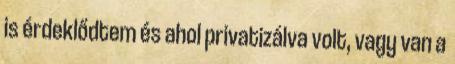
is érdeklődtem és ahol privatizálva volt, vagy van a